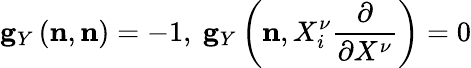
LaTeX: {}{\mathbf g}_{Y}\left({\mathbf n},{\mathbf n}\right)=-1,\ {\mathbf g}_{Y}\left({\mathbf n},X_{i}^{\nu}\frac{\partial}{\partial X^{\nu}}\right)=0